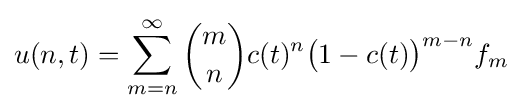
u(n,t)=\sum _{m=n}^{\infty }{\binom {m}{n}}c(t)^{n}{\big (}1-c(t){\big )}^{m-n}f_{m}